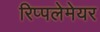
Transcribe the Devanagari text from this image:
रिप्‍पलेमेयर